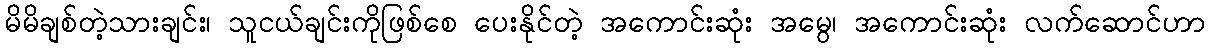
မိမိချစ်တဲ့သားချင်း၊ သူငယ်ချင်းကိုဖြစ်စေ ပေးနိုင်တဲ့ အကောင်းဆုံး အမွေ၊ အကောင်းဆုံး လက်ဆောင်ဟာ